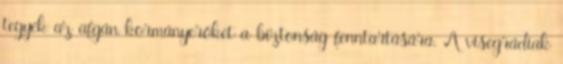
tegyék az afgán kormányerőket a biztonság fenntartására. A visegrádiak